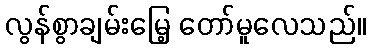
လွန်စွာချမ်းမြေ့ တော်မူလေသည်။